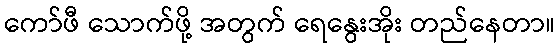
ကော်ဖီ သောက်ဖို့ အတွက် ရေနွေးအိုး တည်နေတာ။